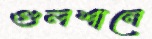
গুলশানে